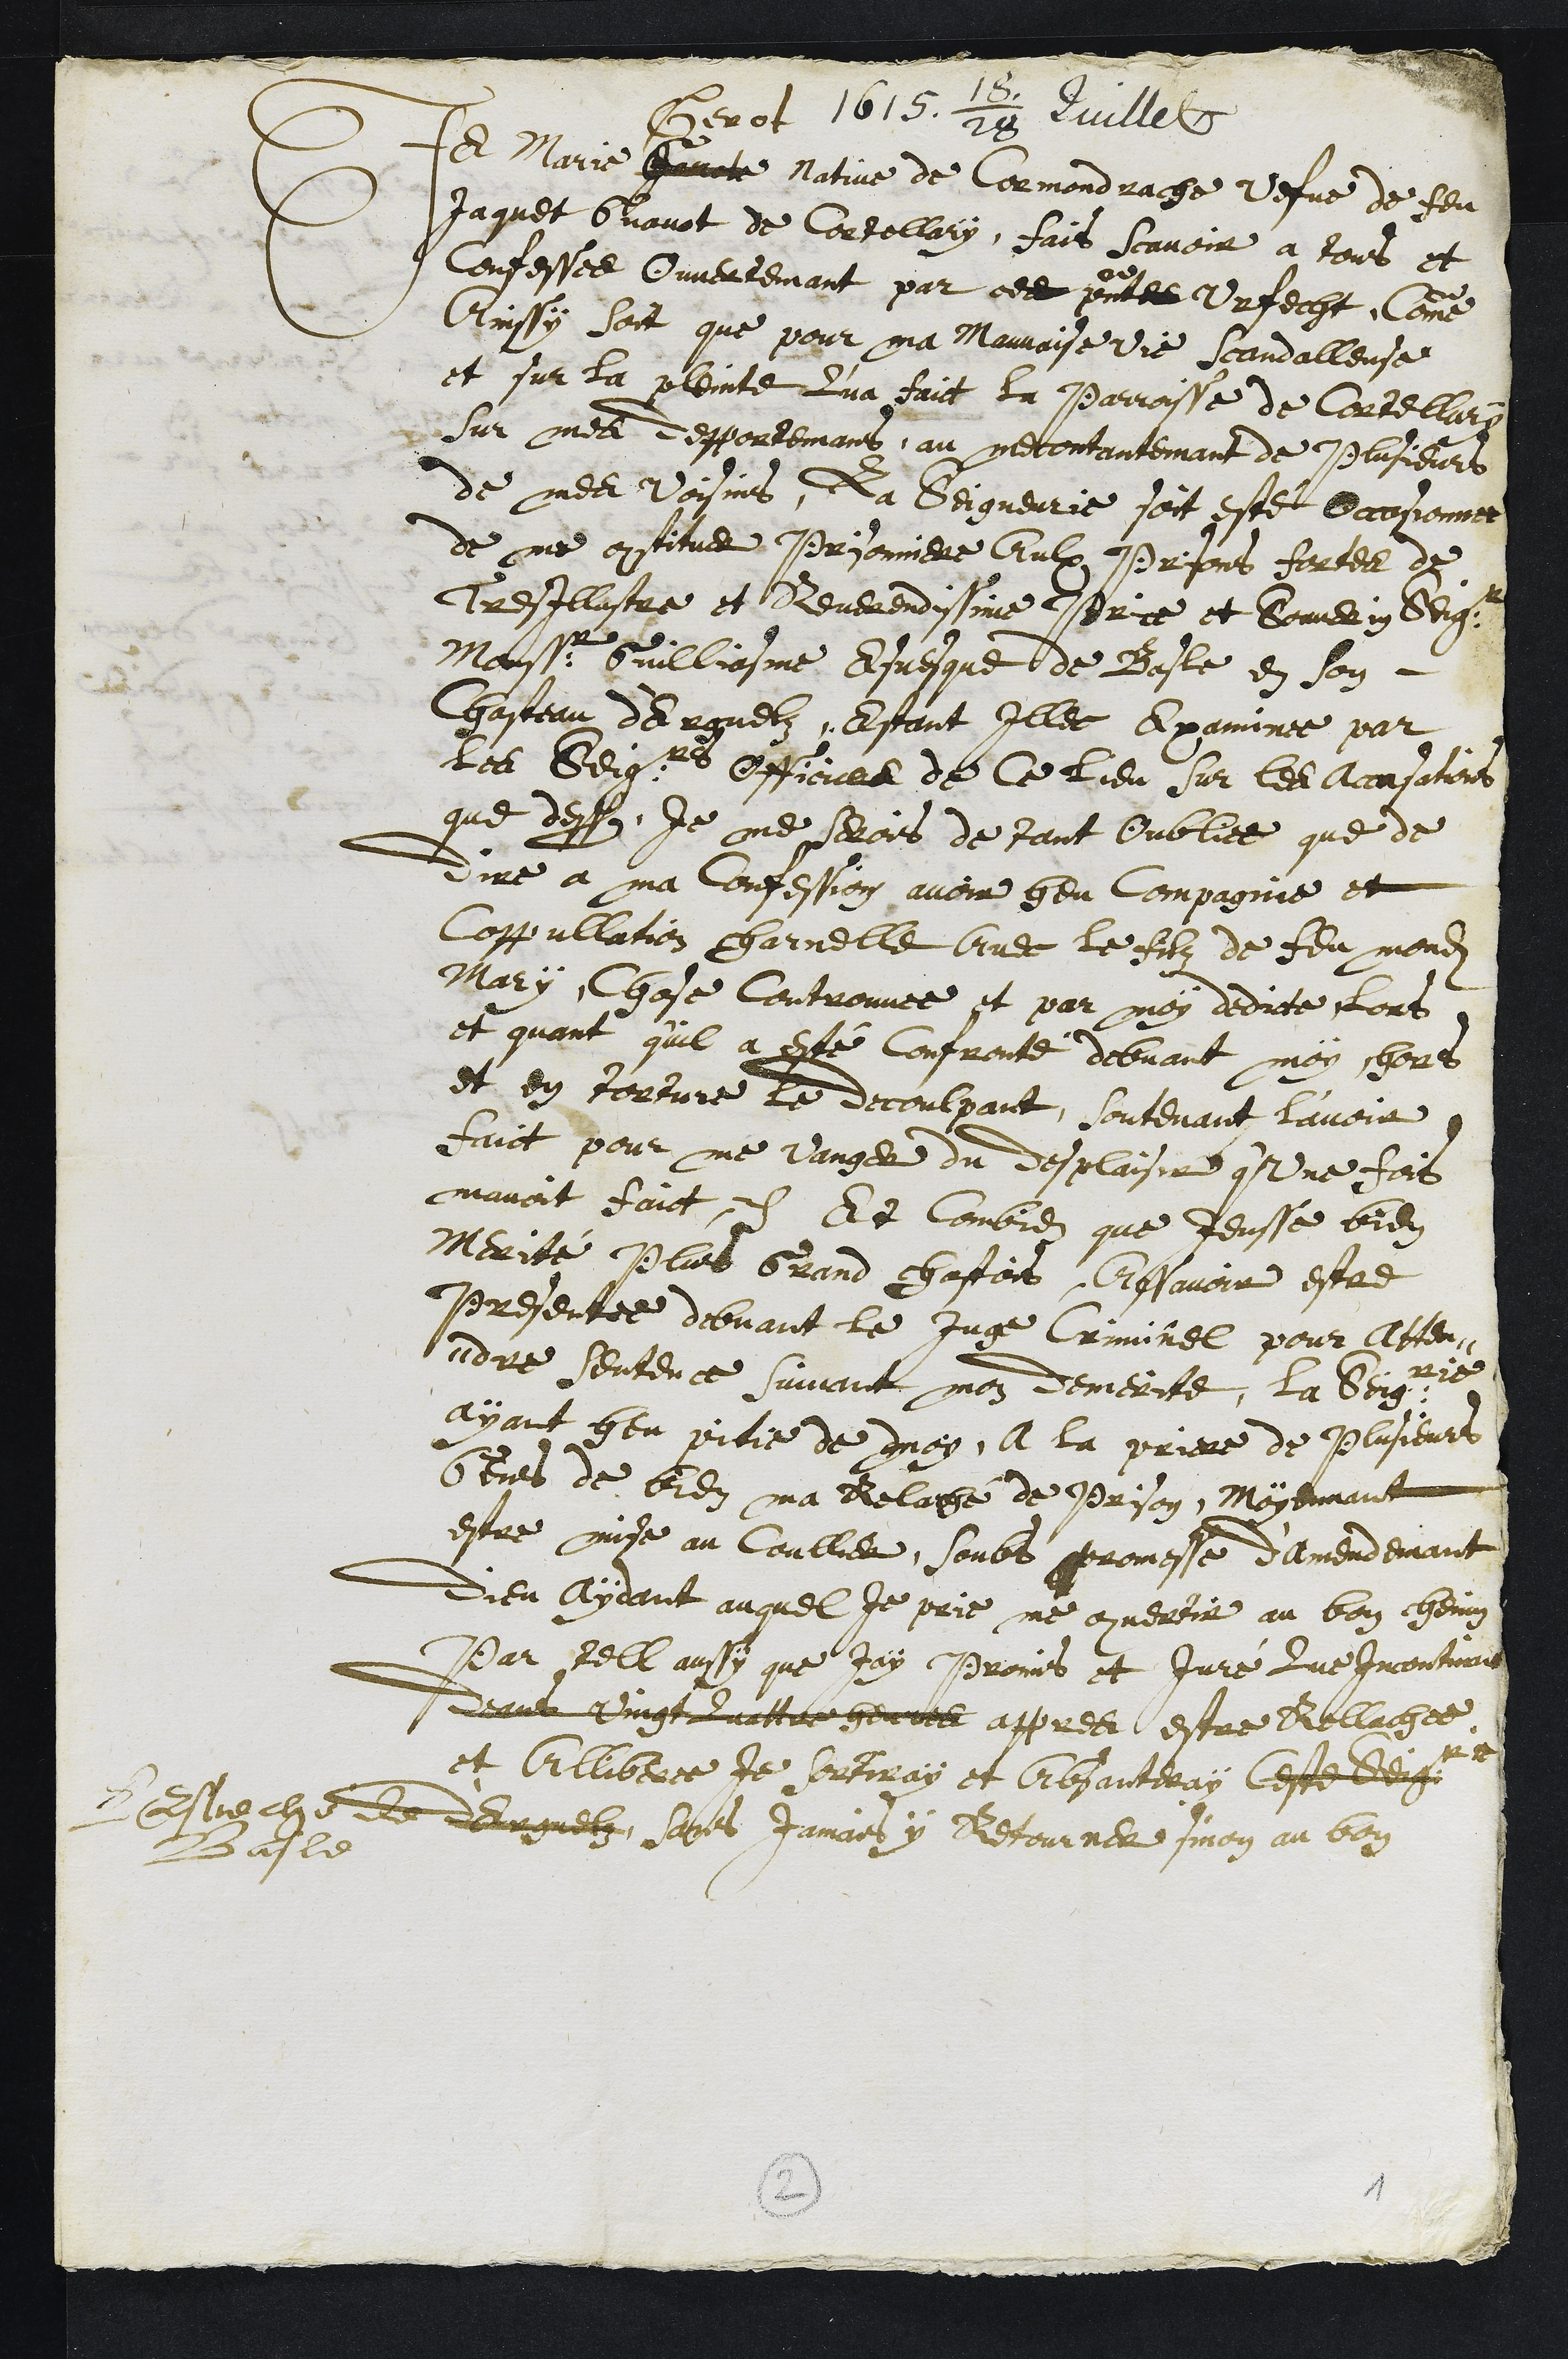
1615. 18/28 Juillet
Je Marie Gavote
Gerot
native de Cormondrache vefve de feu
Jaquet Gavot de Cortellary, fais scavoir a tous et
Confesse Ouvertement par ces présentes Urfecht, comme
ainssy soit que pour ma mauvaise vie scandalleuse
et sur la pleinte qu'a faict la parroisse de Cortellary
sur mes depportemans au mecontantemant de plusieurs
de me voisins, La Seigneurie soit esté Occasionnee
de me constituer Prisonniere Aulx prisons fortes de
Tres Illustre et Reverendissime Prince et Souverin Seigneur
Monsseigneur Guilliasme esvesque de Basle en son
Chasteau d'Erguelz, Estant Illec examinee par
les Seigneurs officiers de ce lieu sur les accusations
que dessus Je me serois de tant oubliee que de
dire a ma Confession avoir heu compagnie et
coppullation Charnelle avec le filz de feu mondit
mary, Chose Controuvée et par moy dedicte lors
et quant qu'il a esté confronté debvant moy hors
et en torture le decoulpant, soutenant l'avoir
faict pour me vanger du desplaisir q'une fois
mavoit faict. Et Combien que jeusse bien
merité plus grand chastois, Assavoir estre
Presentée debvant le juge Criminel pour atten¬
dre sentence suivant mon demerite, la Seigneurie
ayant heu pitie de moy, a la priere de plusieurs
Gens de bien ma Relaché de prison, moyennant
estre mise au coullier, soubs promesse d'amendemant
Dieu Aydant auquel Je prie me convertir au bon chemin
Par tell aussy que jay promis et Juré que incontinant
deans vingt quattre heures appres estre rellachee
et Alliberee je sortiray et absanteray Ceste Seigneurie
d'Erguelz
Et d'Erguelzl'Esveché de
Basle
sans jamais y Retourner sinon au bon
2
1